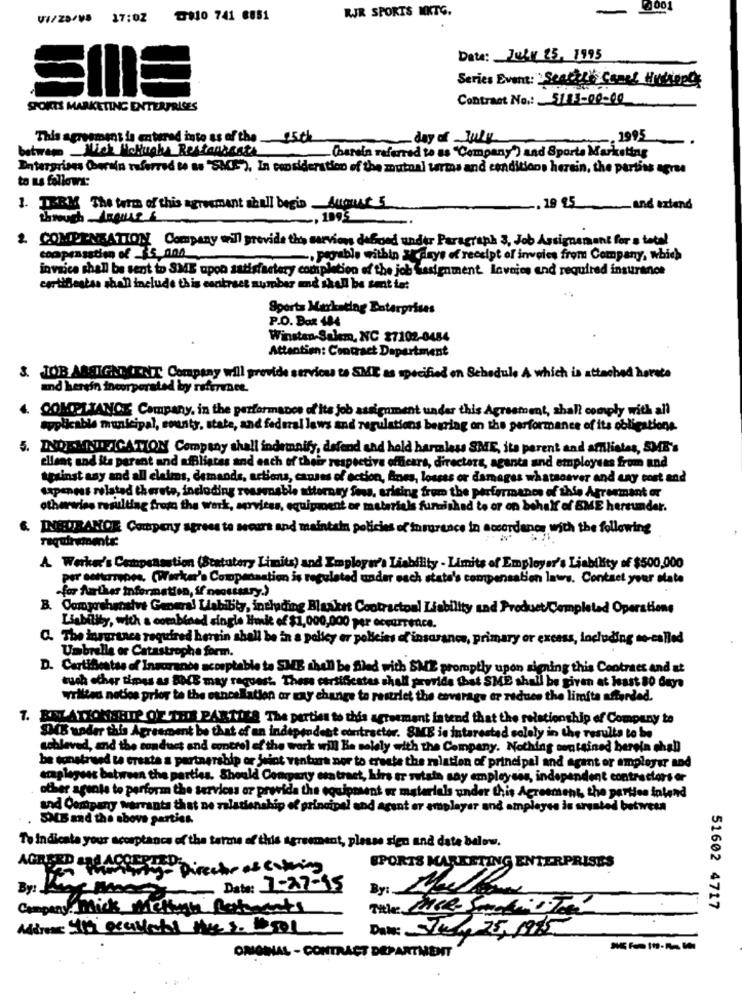
RJR SPORTS MKTG.
-
9001
VI/25/VB 17:02 ₸910 741 8851
Date: July 25, 1995
Series Event: Seacti' Canel Hudson's
Contract No .: 5115-00-00
SPORTS MARKETING ENTERPRISES
This agreement is entered into as of the
day of July
. 1995
between Mick Hatnak Restaurants
-(harein referred to as "Company') and Sports Marketing
Dotargrises Coursin referred to as "SMS"), In consideration of the mutual terms and conditions herein, the parties agree
to as follows:
. 19 95
1. TERM The form of this agreement shall begis Aumur 5
-
and extend
, 1995
2. COMPENSATION Company will provide the survions dabord under Paragraph 3, Job Assignamant for a total
comprasstim of .35,000
.Poable within days of receipt of invoice from Company, which
invnice shall be sent to SME upon satisfactory completion of the job Sasignment. Invoice and required insurance
certifiestas shall include this contract number and shall be sent to:
Sports Marketing Datarprises
P.O. Box 484
Winston-Salem, NC 27102-0484
Attention: Contract Department
3. JOB ASSIGNMENT Company will provide services ta SME as specified on Schedule A which is attached havete
and herein incorporated by reference.
.
COMPLIANCE Company, in the performance of Its job assignment under this Agreement, shall comply with all
applicable municipal, county, state, and federal laws and regulations berring on the performance of its obligations.
5. INDENTIFICATION Company shall indemnity, defood and hold harmless SMEE, its parent and atilistes, SME's
ellent and its parant and affiliates and each of their respective officars, directors, aganta and employees from and
against any and all claims, demands, actions, causes of action, Bases, losses or damages whatsoever and any cost and
sapeness rolstad therste, including reasonable attorney fees, arising from the performance of this Agreement or
otherwise resulting from the work, services, equipment or materials funzishad to or on behalf of SME hereunder.
.INEEDTRANCE Company agrees te sears and maintain policies of insurance in accordance with the following
requirements:
A Worker's Compensation (Statutory Limits) and Employar's Liability - Limits of Employer's Liability of $500,000
per catturavona. (Worker's Compensation is regulated under each state's compensation laws. Contact your dlate
-for further information, if necessary.)
B. Comprehensive General Labibty, including Basket Contractoal Liability and Product/Completed Operations
Liability, with a combined single Hunke of $1,000,000 per occurrence.
C. The insurance required hersin shall be in a policy er policies of'insurance, primary or excess, including so-called
Umbrella or Catastrophe form.
D. Certificatss of Insurance acceptable ta SME shall be Sled with SME promptly upon signing this Contract and at
tuch other times as DOVE may request. These certificates shall provide that SME shall be given at least 80 days
yrilled notice prior to the cancellation or any change to restrict the coverage er reduce the limits aftarded.
7. RIEN ATIONJEITP OF THE PARTIES The parties to this agreement intend that the relationship of Company to
SMS under this Agreement be that of an independent contractor. SME is interested solely in the results to be
sobleved, and the conduct and control of the work will Be solely with the Company. Nothing contained herein chal
be construed to create a partnership or joint venture nor to create the ralation of principal and agant or employer and
eraplagess between the parties. Should Concerty esatraet, kuirs er sutsin say employees, independent contractors er
other agente to perform the services or provide the equipment or materials under this Agreement, the parties inland
and Company warrants that ne ralationship of principal and acant er emplayer and ampleyes is srested between
SMS and the above parties.
To indicata your acomptance of the terms of this agreement, please sign and date below.
AGREED ARE ACCEPTED:
hon thenwhy- Director as catering
SPORTS MARKETING ENTERPRISES
Date: 1-27-15
By: Nel
By: Kay What
Company. Mick Methan Batements
51602 4717
Date: Str 25.1975
ORIGINAL - CONTRACT DEPARTMENT